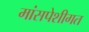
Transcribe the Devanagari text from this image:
मांसपेशीगत